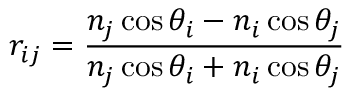
r _ { i j } = \frac { n _ { j } \cos \theta _ { i } - n _ { i } \cos \theta _ { j } } { n _ { j } \cos \theta _ { i } + n _ { i } \cos \theta _ { j } }